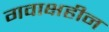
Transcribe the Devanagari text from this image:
गवाक्षहीन